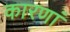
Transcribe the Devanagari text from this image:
कारणां